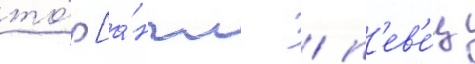
то́р [а́нгл. / п'ев'е́ц